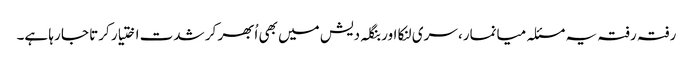
رفتہ رفتہ یہ مسئلہ میانمار، سری لنکا اور بنگلہ دیش میں بھی اُبھر کر شدت اختیار کرتا جا رہا ہے۔